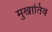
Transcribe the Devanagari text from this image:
मुखातिव